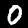
Label: 0